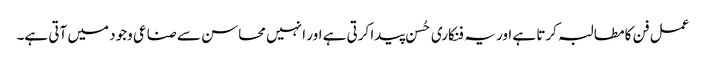
عمل فن کا مطالبہ کرتا ہے اور یہ فنکاری حُسن پیدا کرتی ہے اور ا نہیں محاسن سے صناعی وجود میں آتی ہے۔